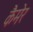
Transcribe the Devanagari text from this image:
कैमेर